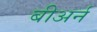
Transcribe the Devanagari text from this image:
बीअर्न